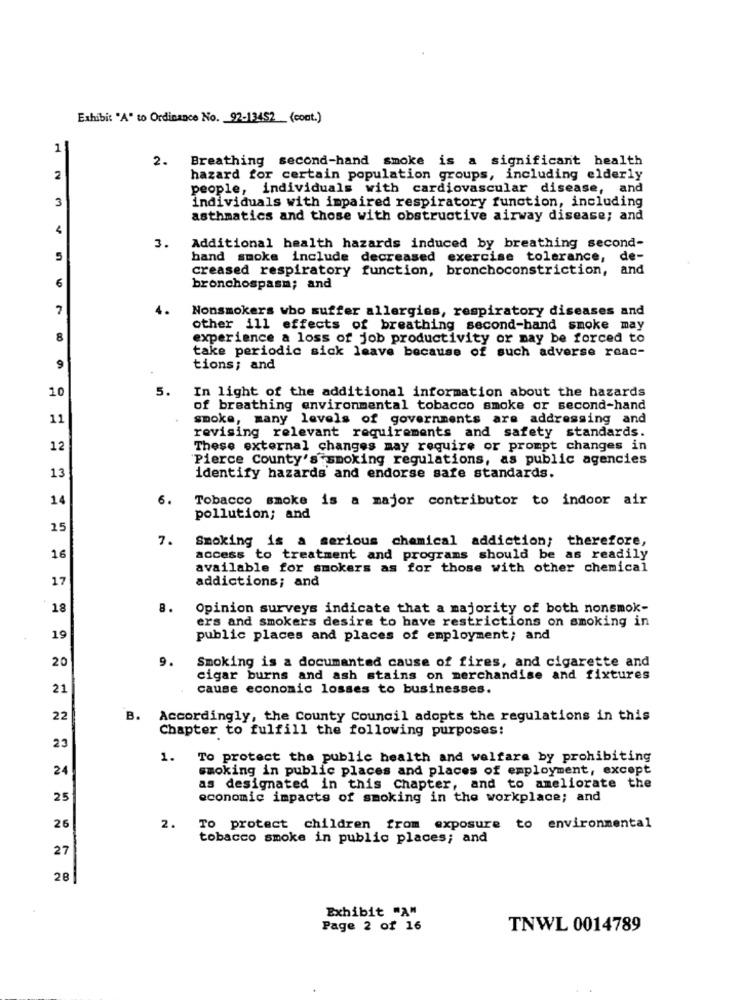
Exhibit "A" to Ordinance No. 92-13452 (cont.)
1
2.
Breathing second-hand smoke is a significant health
2
hazard for certain population groups, including elderly
people, individuals with cardiovascular disease, and
3
individuals with impaired respiratory function, including
asthmatics and those with obstructive airway disease; and
4
3.
Additional health hazards induced by breathing second-
5
hand smoke include decreased exercise tolerance, de-
creased respiratory function, bronchoconstriction,
and
6
bronchospasm; and
7
Nonsmokers who suffer allergies, respiratory diseases and
other ill effects of breathing second-hand smoke may
8
experience a loss of job productivity or may be forced to
take periodic sick leave because of such adverse reac-
9
tions; and
10
5.
In light of the additional information about the hazards
of breathing environmental tobacco smoke or second-hand
11
smoke, many levels of governments are addressing and
revising relevant requirements and safety standards.
12
These external changes may require or prompt changes in
Pierce County'ssmoking regulations, as public agencies
13
identify hazards and endorse safe standards.
14
6.
Tobacco smoke is a major contributor to indoor air
pollution; and
25
7.
Smoking is a serious chemical addiction; therefore,
16
access to treatment and programs should be as readily
available for smokers as for those with other chemical
17
addictions; and
18
8.
Opinion surveys indicate that a majority of both nonsmok-
ers and smokers desire to have restrictions on smoking in
19
public places and places of employment; and
20
9.
Smoking is a documented cause of fires, and cigarette and
cigar burns and ash stains on merchandise and fixtures
21
cause economic losses to businesses.
22
B. Accordingly, the County Council adopts the regulations in this
Chapter to fulfill the following purposes:
23
1.
To protect the public health and welfare by prohibiting
24
smoking in public places and places of employment, except
as designated in this Chapter, and to ameliorate the
25
economic impacts of smoking in the workplace; and
26
2.
To protect children from exposure to environmental
tobacco smoke in public places; and
27
Exhibit "A"
Page 2 of 16
TNWL 0014789